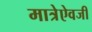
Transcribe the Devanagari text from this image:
मात्रेऐवजी